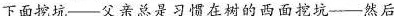
下面挖坑——父亲总是习惯在树的西面挖坑—— 然后